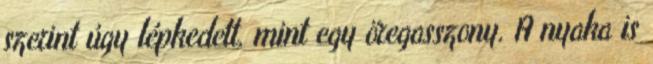
szerint úgy lépkedett, mint egy öregasszony. A nyaka is